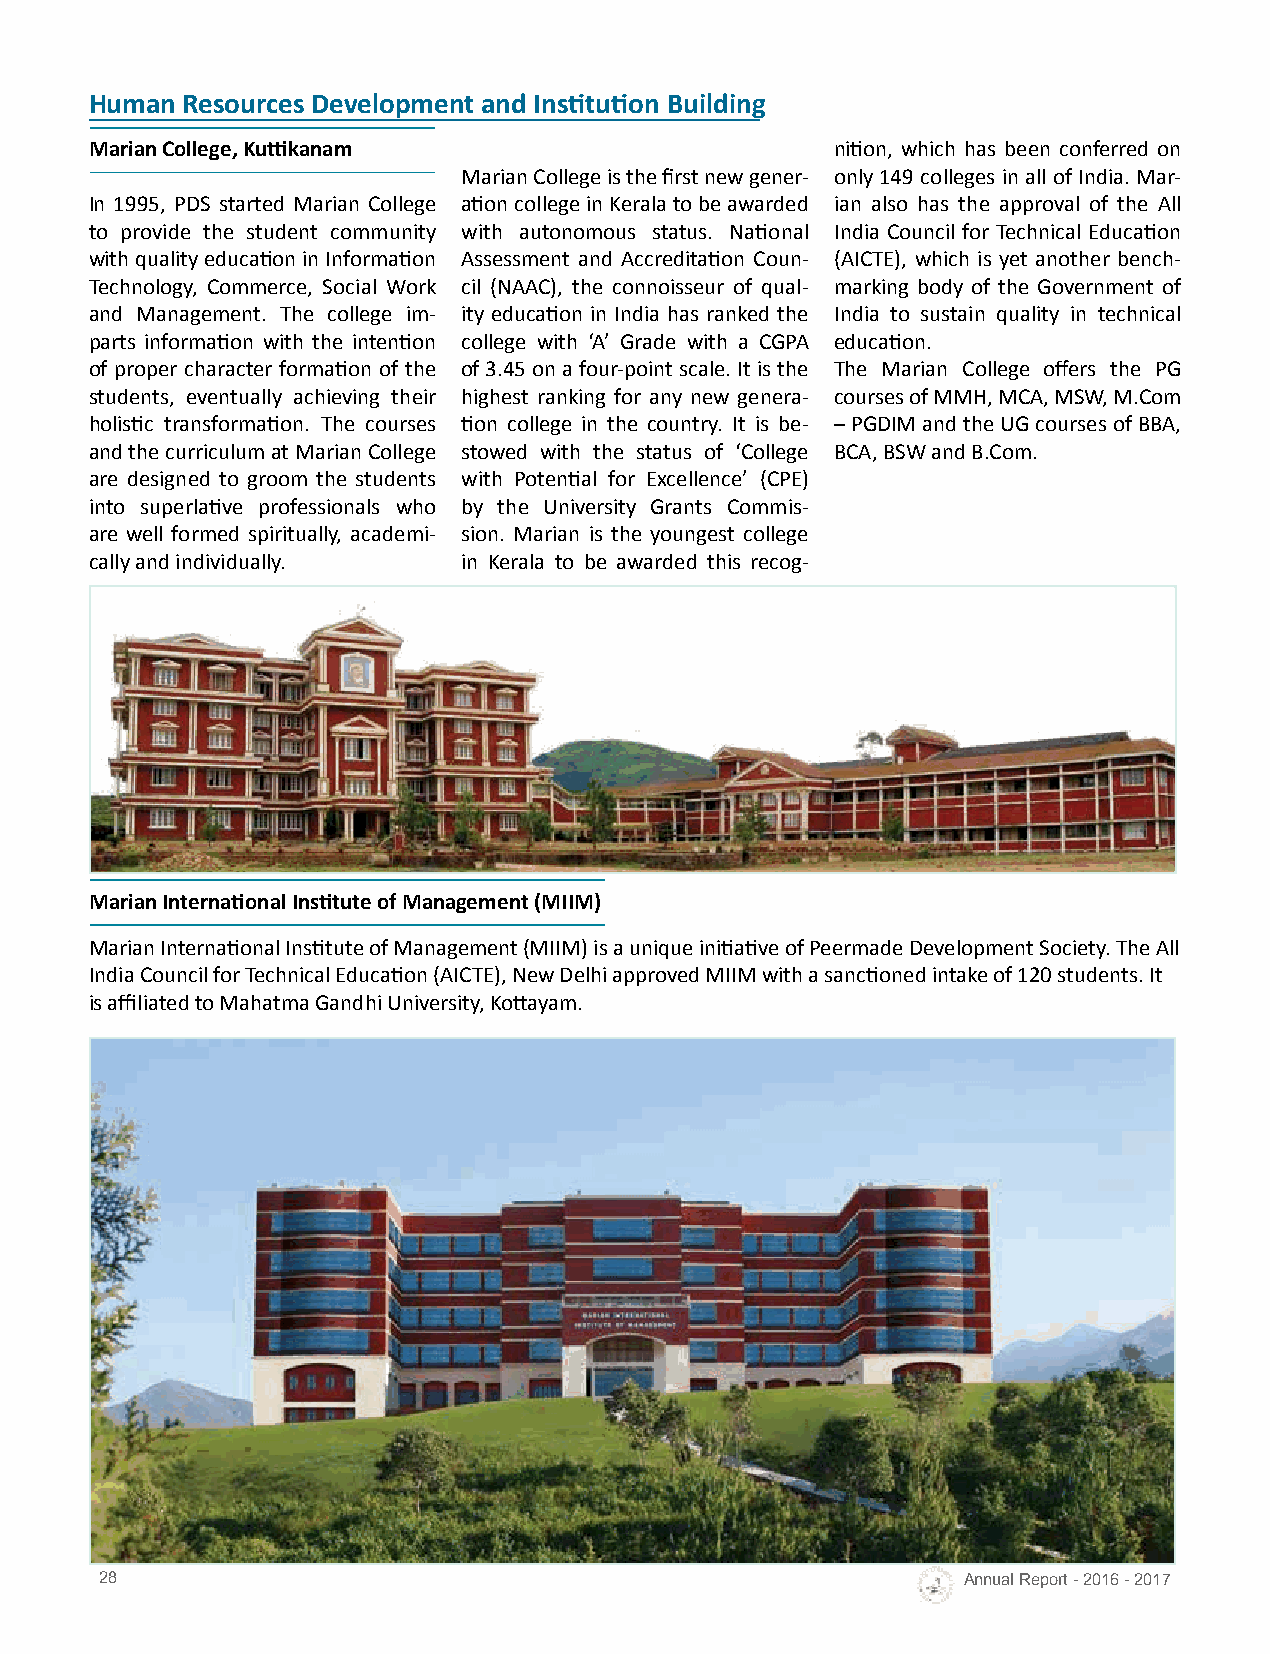
Human Resources Development and Institution Building
 Marian College, Kuttikanam                       nition, which has been conferred on
 Marian College is the first new gener- only 149 colleges in all of India. Mar-
 In 1995, PDS started Marian College ation college in Kerala to be awarded ian also has the approval of the All
 to provide the student community with autonomous status. National India Council for Technical Education
 with quality education in Information Assessment and Accreditation Coun- (AICTE), which is yet another bench-
 Technology, Commerce, Social Work cil (NAAC), the connoisseur of qual- marking body of the Government of
 and Management. The college im- ity education in India has ranked the India to sustain quality in technical
 parts information with the intention college with ‘A’ Grade with a CGPA education.
 of proper character formation of the of 3.45 on a four-point scale. It is the The Marian College offers the PG
 students, eventually achieving their highest ranking for any new genera- courses of MMH, MCA, MSW, M.Com
 holistic transformation. The courses tion college in the country. It is be- – PGDIM and the UG courses of BBA,
 and the curriculum at Marian College stowed with the status of ‘College BCA, BSW and B.Com.
 are designed to groom the students with Potential for Excellence’ (CPE)
 into superlative professionals who by the University Grants Commis-
 are well formed spiritually, academi- sion. Marian is the youngest college
 cally and individually.  in Kerala to be awarded this recog-
 Marian International Institute of Management (MIIM)
 Marian International Institute of Management (MIIM) is a unique initiative of Peermade Development Society. The All
 India Council for Technical Education (AICTE), New Delhi approved MIIM with a sanctioned intake of 120 students. It
 is affiliated to Mahatma Gandhi University, Kottayam.
 28                                                       Annual Report - 2016 - 2017